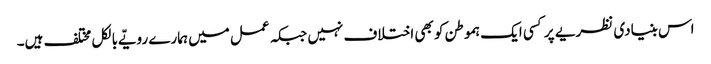
اس بنیادی نظریے پر کسی ایک ہموطن کو بھی اختلاف نہیں جبکہ عمل میں ہمارے رویّے بالکل مختلف ہیں۔